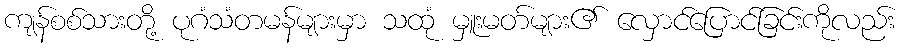
ကျန်စစ်သားတို့ ပုဂံသံတမန်များမှာ သထုံ မှူးမတ်များ၏ လှောင်ပြောင်ခြင်းကိုလည်း